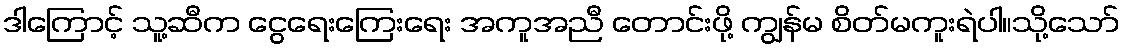
ဒါကြောင့် သူ့ဆီက ငွေရေးကြေးရေး အကူအညီ တောင်းဖို့ ကျွန်မ စိတ်မကူးရဲပါ။သို့သော်